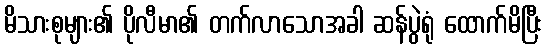
မိသားစုများ၏ ပိုလီမာ၏ တက်လာသောအခါ ဆန်ပွဲရုံ ထောက်မိပြီး